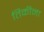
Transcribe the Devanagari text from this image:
तिकीना